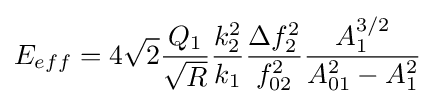
E_{eff}=4{\sqrt {2}}{\frac {Q_{1}}{\sqrt {R}}}{\frac {k_{2}^{2}}{k_{1}}}{\frac {\Delta f_{2}^{2}}{f_{02}^{2}}}{\frac {A_{1}^{3/2}}{A_{01}^{2}-A_{1}^{2}}}